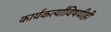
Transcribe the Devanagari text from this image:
कार्यकर्त्यांविषयीही